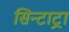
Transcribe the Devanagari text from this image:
सिन्टाट्रा